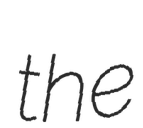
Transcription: the